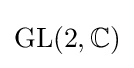
{\text{GL}}(2,\mathbb {C} )